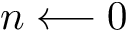
n \longleftarrow 0